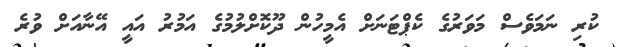
ކުރި ނަމަވެސް މަވަރުގެ ކެޕްޓަނަށް އެމީހުން ދޫކޮށްލުުމުގެ އަމުރު އައީ އޭނާއަށް ވުރެ